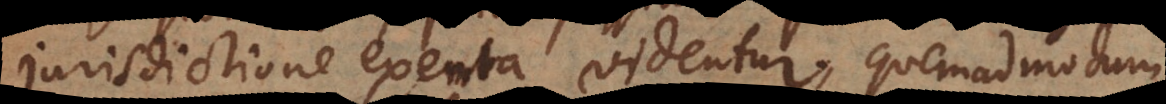
jurisdictione exemta videntur, quemadmodum